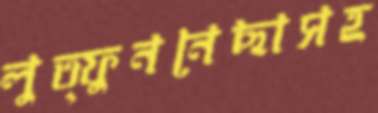
লুত্ফুননেছাসহ